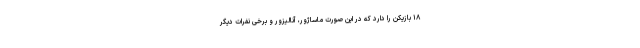
۱۸ بازیکن را دارد که در این صورت ماساژور، آنالیزور و برخی نفرات دیگر